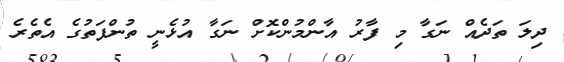
ދިލަ ތަދެއް ނަގާ މި ފާރު އާންމުންކޮށް ނަގާ އުޅެނީ ތުންފަތުގެ އެތެރެ